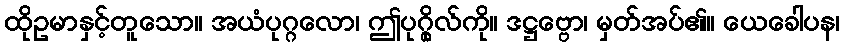
ထိုဥမာနှင့်တူသော။ အယံပုဂ္ဂလော၊ ဤပုဂ္ဂိုလ်ကို။ ဒဋ္ဌဗ္ဗော၊ မှတ်အပ်၏။ ယေခေါပန၊